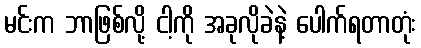
မင်းက ဘာဖြစ်လို့ ငါ့ကို အခုလိုခဲနဲ့ ပေါက်ရတာတုံး